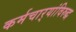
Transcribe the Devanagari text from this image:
कर्मचार्‍यांविरुद्ध